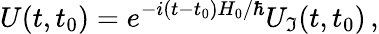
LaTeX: U(t,t_{0})=e^{-i(t-t_{0})H_{0}/\hbar}U_{\mathfrak{I}}(t,t_{0})\, ,